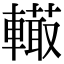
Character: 𨎮